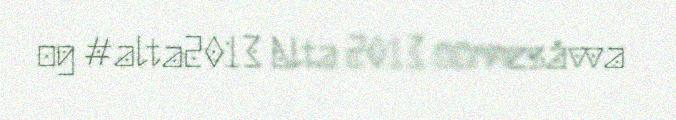
og #alta2013 Alta 2013 öörnesåvva